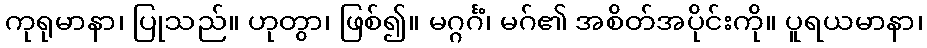
ကုရုမာနာ၊ ပြုသည်။ ဟုတွာ၊ ဖြစ်၍။ မဂ္ဂင်္ဂံ၊ မဂ်၏ အစိတ်အပိုင်းကို။ ပူရယမာနာ၊